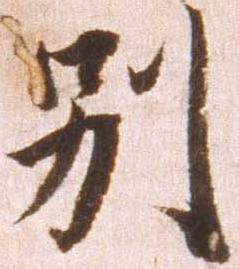
別